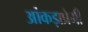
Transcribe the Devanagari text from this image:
आंकड़ाप्रेमी